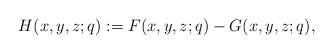
LaTeX: \begin{align*}H(x,y,z;q):=F(x,y,z;q)-G(x,y,z;q), \end{align*}